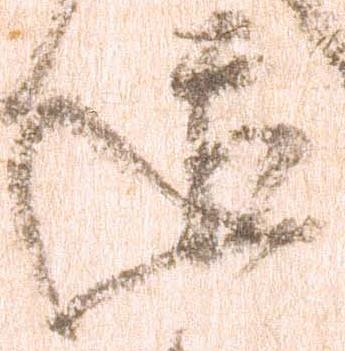
道